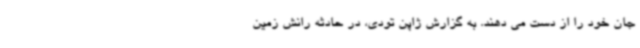
جان خود را از دست می دهند. به گزارش ژاپن تودی، در حادثه رانش زمین